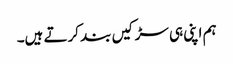
ہم اپنی ہی سڑکیں بند کرتے ہیں۔